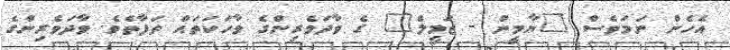
އެހެން ނަމަވެސް "ޔާމީން - ޖަމީލް" ގެ ވާދަވެރިންގެ ވާހަކަތައް ތަފާތެވެ. ވާދަވެރިންގެ